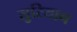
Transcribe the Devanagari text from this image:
सुरियान